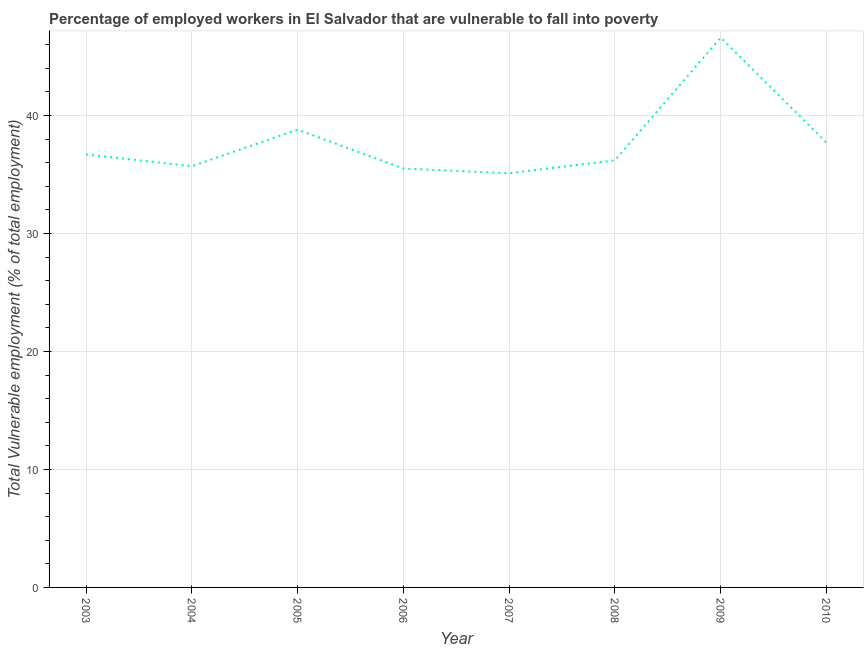
| Year | Vulnerable employment |
 | --- | --- |
 | 2003 | 36.7 |
 | 2004 | 35.7 |
 | 2005 | 38.8 |
 | 2006 | 35.5 |
 | 2007 | 35.1 |
 | 2008 | 36.2 |
 | 2009 | 46.6 |
 | 2010 | 37.7 |